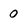
Character: 0